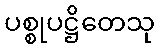
ပစ္စုပဋ္ဌိတေသု